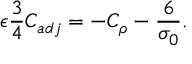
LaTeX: \epsilon \frac { 3 } { 4 } C _ { a d j } = - C _ { \rho } - \frac { 6 } { \sigma _ { 0 } } .